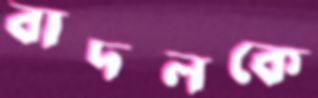
বাদলকে